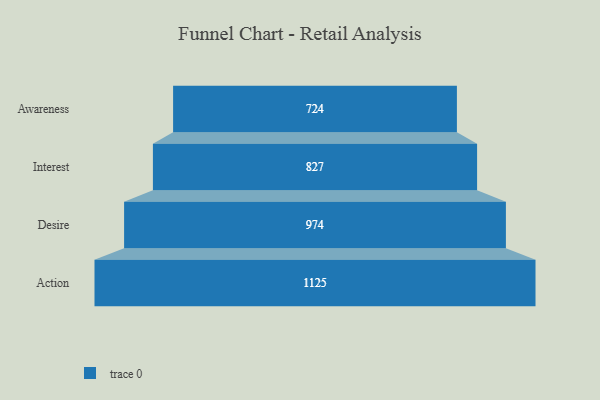
{"axis": {"x": "Stage", "y": "Value"}, "legend": [""], "data": [{"x": "Awareness", "y": 724.0, "type": ""}, {"x": "Interest", "y": 827.0, "type": ""}, {"x": "Desire", "y": 974.0, "type": ""}, {"x": "Action", "y": 1125.0, "type": ""}]}